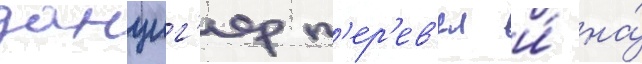
данциг'ер п'ер'ев'ел и́ на́